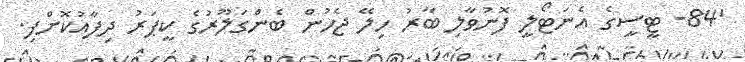
'84- ޓީސީގެ އެނަޓޯލީ ފޮނުވާލި ބާރު ހިލޭ ޖެހުން ބެންގަލޫރުގެ ކީޕަރު ދިފާއުކޮށްފި.